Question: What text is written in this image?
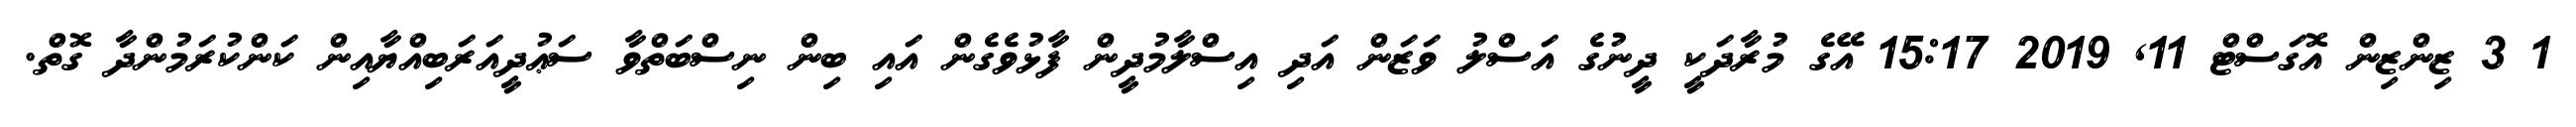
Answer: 1 3 ޒިންޒިން އޮގަސްޓް 11, 2019 15:17 އޭގެ މުރާދަކީ ދީނުގެ އަސްލު ވަޒަން އަދި އިސްލާމުދީން ފާޅުވެގެން އައި ބިން ނިސްބަތްވާ ސަޢުދީއަރަބިއްޔާއިން ކަންކުރަމުންދާ ގޮތް.